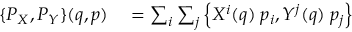
\begin{array} { r l } { \{ P _ { X } , P _ { Y } \} ( q , p ) } & { { } = \sum _ { i } \sum _ { j } \left\{ X ^ { i } ( q ) \; p _ { i } , Y ^ { j } ( q ) \; p _ { j } \right\} } \end{array}